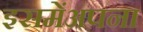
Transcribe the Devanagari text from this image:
इसमेंअपना